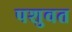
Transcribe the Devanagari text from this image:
पशुवत